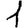
Digit: 1